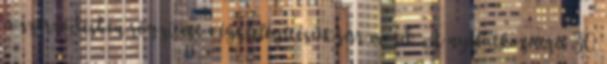
a szerződésben rögzített végkielégítésük jár majd. A nyilatkozatra 30